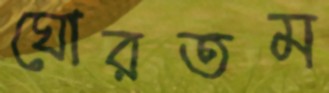
ঘোরতম